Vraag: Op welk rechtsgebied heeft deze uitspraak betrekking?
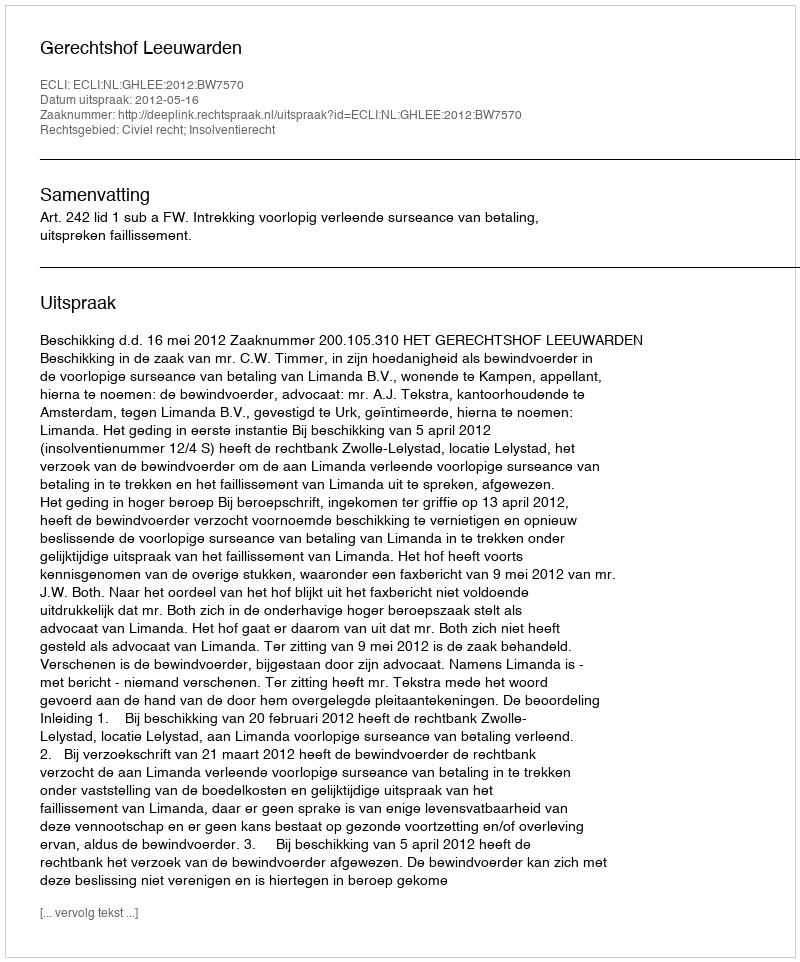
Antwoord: Civiel recht; Insolventierecht